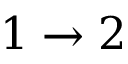
1 \rightarrow 2